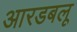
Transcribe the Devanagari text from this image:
आरडबलू